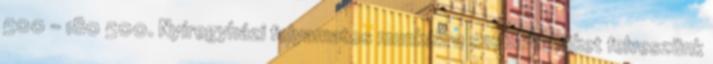
500 - 180 500. Nyíregyházi folyamatos munkákra szobafestőket felveszünk